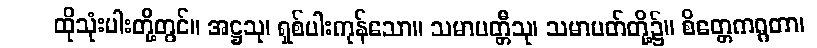
ထိုသုံးပါးတို့တွင်။ အဋ္ဌသု၊ ရှစ်ပါးကုန်သော။ သမာပတ္တီသု၊ သမာပတ်တို့၌။ စိတ္တေကဂ္ဂတာ၊